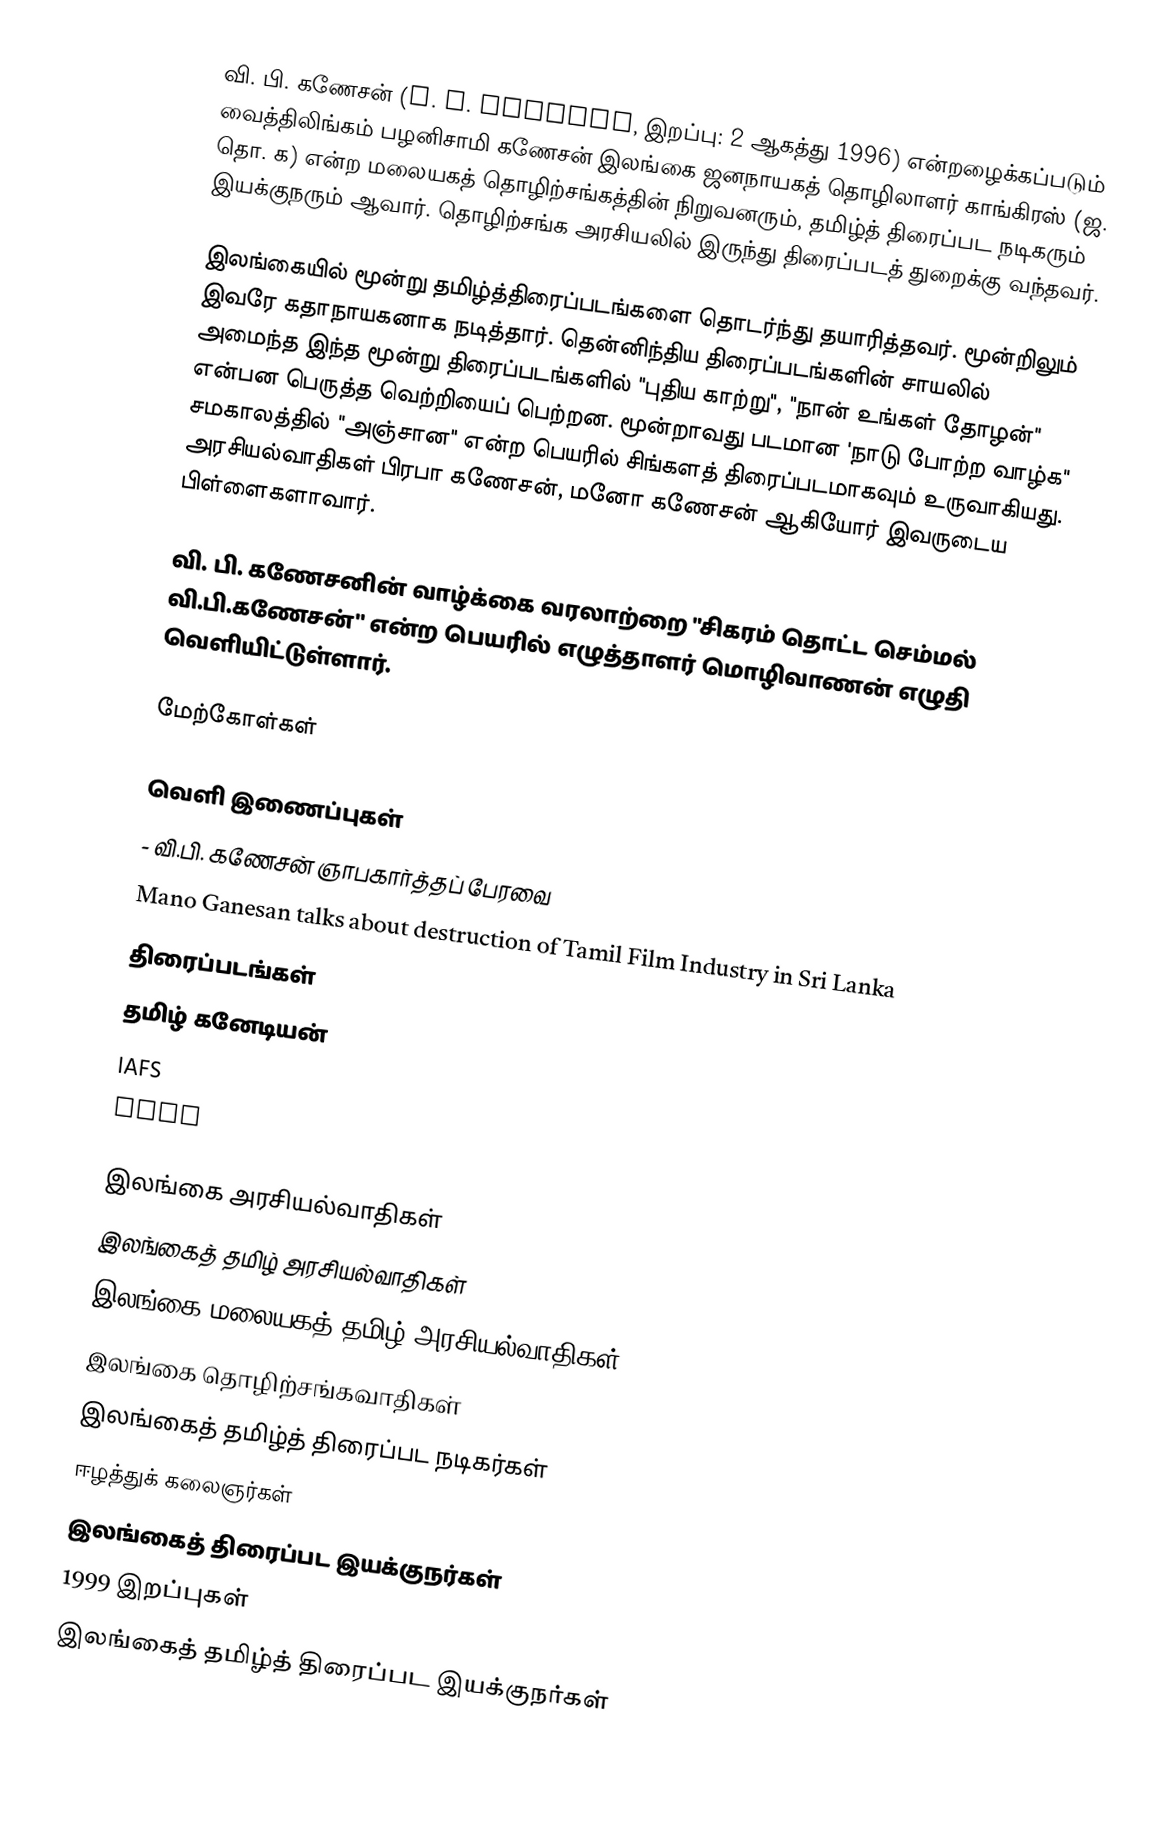
வி. பி. கணேசன் (V. P. Ganesan, இறப்பு: 2 ஆகத்து 1996) என்றழைக்கப்படும் வைத்திலிங்கம் பழனிசாமி கணேசன் இலங்கை ஜனநாயகத் தொழிலாளர் காங்கிரஸ் (ஜ. தொ. க) என்ற மலையகத் தொழிற்சங்கத்தின் நிறுவனரும், தமிழ்த் திரைப்பட நடிகரும் இயக்குநரும் ஆவார். தொழிற்சங்க அரசியலில் இருந்து திரைப்படத் துறைக்கு வந்தவர்.

இலங்கையில் மூன்று தமிழ்த்திரைப்படங்களை தொடர்ந்து தயாரித்தவர். மூன்றிலும் இவரே கதாநாயகனாக நடித்தார். தென்னிந்திய திரைப்படங்களின் சாயலில் அமைந்த இந்த மூன்று திரைப்படங்களில் "புதிய காற்று", "நான் உங்கள் தோழன்" என்பன பெருத்த வெற்றியைப் பெற்றன. மூன்றாவது படமான 'நாடு போற்ற வாழ்க" சமகாலத்தில் "அஞ்சான" என்ற பெயரில் சிங்களத் திரைப்படமாகவும் உருவாகியது. அரசியல்வாதிகள் பிரபா கணேசன், மனோ கணேசன் ஆகியோர் இவருடைய பிள்ளைகளாவார்.

வி. பி. கணேசனின் வாழ்க்கை வரலாற்றை "சிகரம் தொட்ட செம்மல் வி.பி.கணேசன்'' என்ற பெயரில் எழுத்தாளர் மொழிவாணன் எழுதி வெளியிட்டுள்ளார்.

மேற்கோள்கள்

வெளி இணைப்புகள்
 - வி.பி. கணேசன் ஞாபகார்த்தப் பேரவை
 Mano Ganesan talks about destruction of Tamil Film Industry in Sri Lanka
 திரைப்படங்கள்
 தமிழ் கனேடியன்
 IAFS
 UTHR

இலங்கை அரசியல்வாதிகள்
இலங்கைத் தமிழ் அரசியல்வாதிகள்
இலங்கை மலையகத் தமிழ் அரசியல்வாதிகள்
இலங்கை தொழிற்சங்கவாதிகள்
இலங்கைத் தமிழ்த் திரைப்பட நடிகர்கள்
ஈழத்துக் கலைஞர்கள்
இலங்கைத் திரைப்பட இயக்குநர்கள்
1999 இறப்புகள்
இலங்கைத் தமிழ்த் திரைப்பட இயக்குநர்கள்